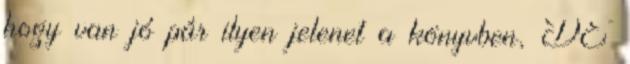
hogy van jó pár ilyen jelenet a könyvben, DE